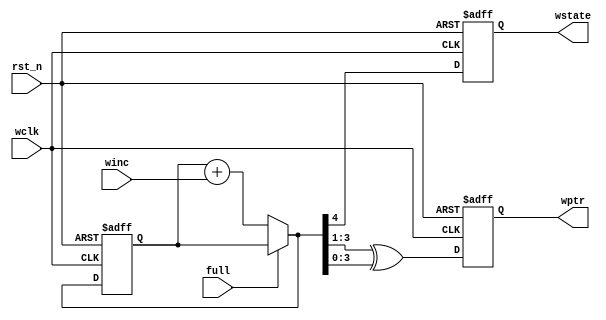
`timescale 1ns / 1ps
//////////////////////////////////////////////////////////////////////////////////
// Company: 
// Engineer: 
// 
// Design Name: 
// Module Name:    bwptr 
// Project Name: 
// Target Devices: 
// Tool versions: 
// Description: 
//
// Dependencies: 
//
// Revision: 
// Revision 0.01 - File Created
// Additional Comments: 
//
//////////////////////////////////////////////////////////////////////////////////
module bwptr (wptr,wstate,wclk,full,rst_n,winc);
  parameter size=4;
  output [size-1:0] wptr; 
  output wstate;
  input wclk,rst_n,full,winc;
  reg [size-1:0] wgray;
  reg [size:0] wbin5;
  wire [size:0] wbnext5;
  wire [size-1:0] wgnext,wbnext;
  wire [size-1:0] wptr;
  reg wstate;
  
  always @ (posedge wclk or negedge rst_n)
      begin
          if(!rst_n)  
              begin 
                  wbin5<=0;
                  wgray<=0;
                  wgray[size-1:0] <=0;
                  wstate <=0;         
              end
          else 
              begin 
                  wbin5<=wbnext5;
                  wgray<=wgnext;
                  wstate <= wbnext5[size];   //use the msb of bin as wstate
              end
      end 
//---------------------------------------------------------------
// increment the binary count if not full
//---------------------------------------------------------------
  assign wbnext5 = !full ? wbin5 + winc : wbin5;
  assign wbnext = wbnext5[size-1:0];
  assign wgnext = (wbnext>>1) ^ wbnext; // binary-to-gray conversion
  assign wptr[size-1:0] = wgray[size-1:0];//use gray as the address of write data
endmodule